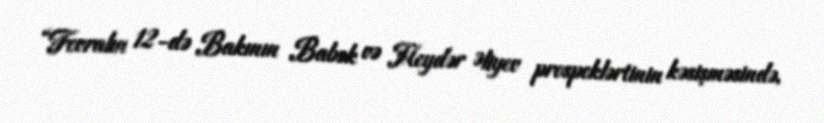
“Fevralın 12-də Bakının Babək və Heydər Əliyev prospeklərtinin kəsişməsində,